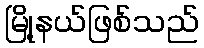
မြို့နယ်ဖြစ်သည်